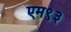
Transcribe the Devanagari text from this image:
एम९३